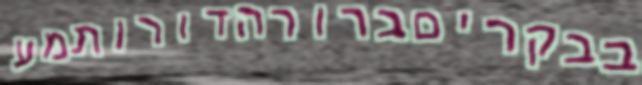
בבקריםברורהדורותמע